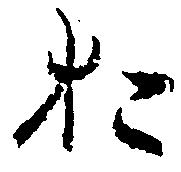
お